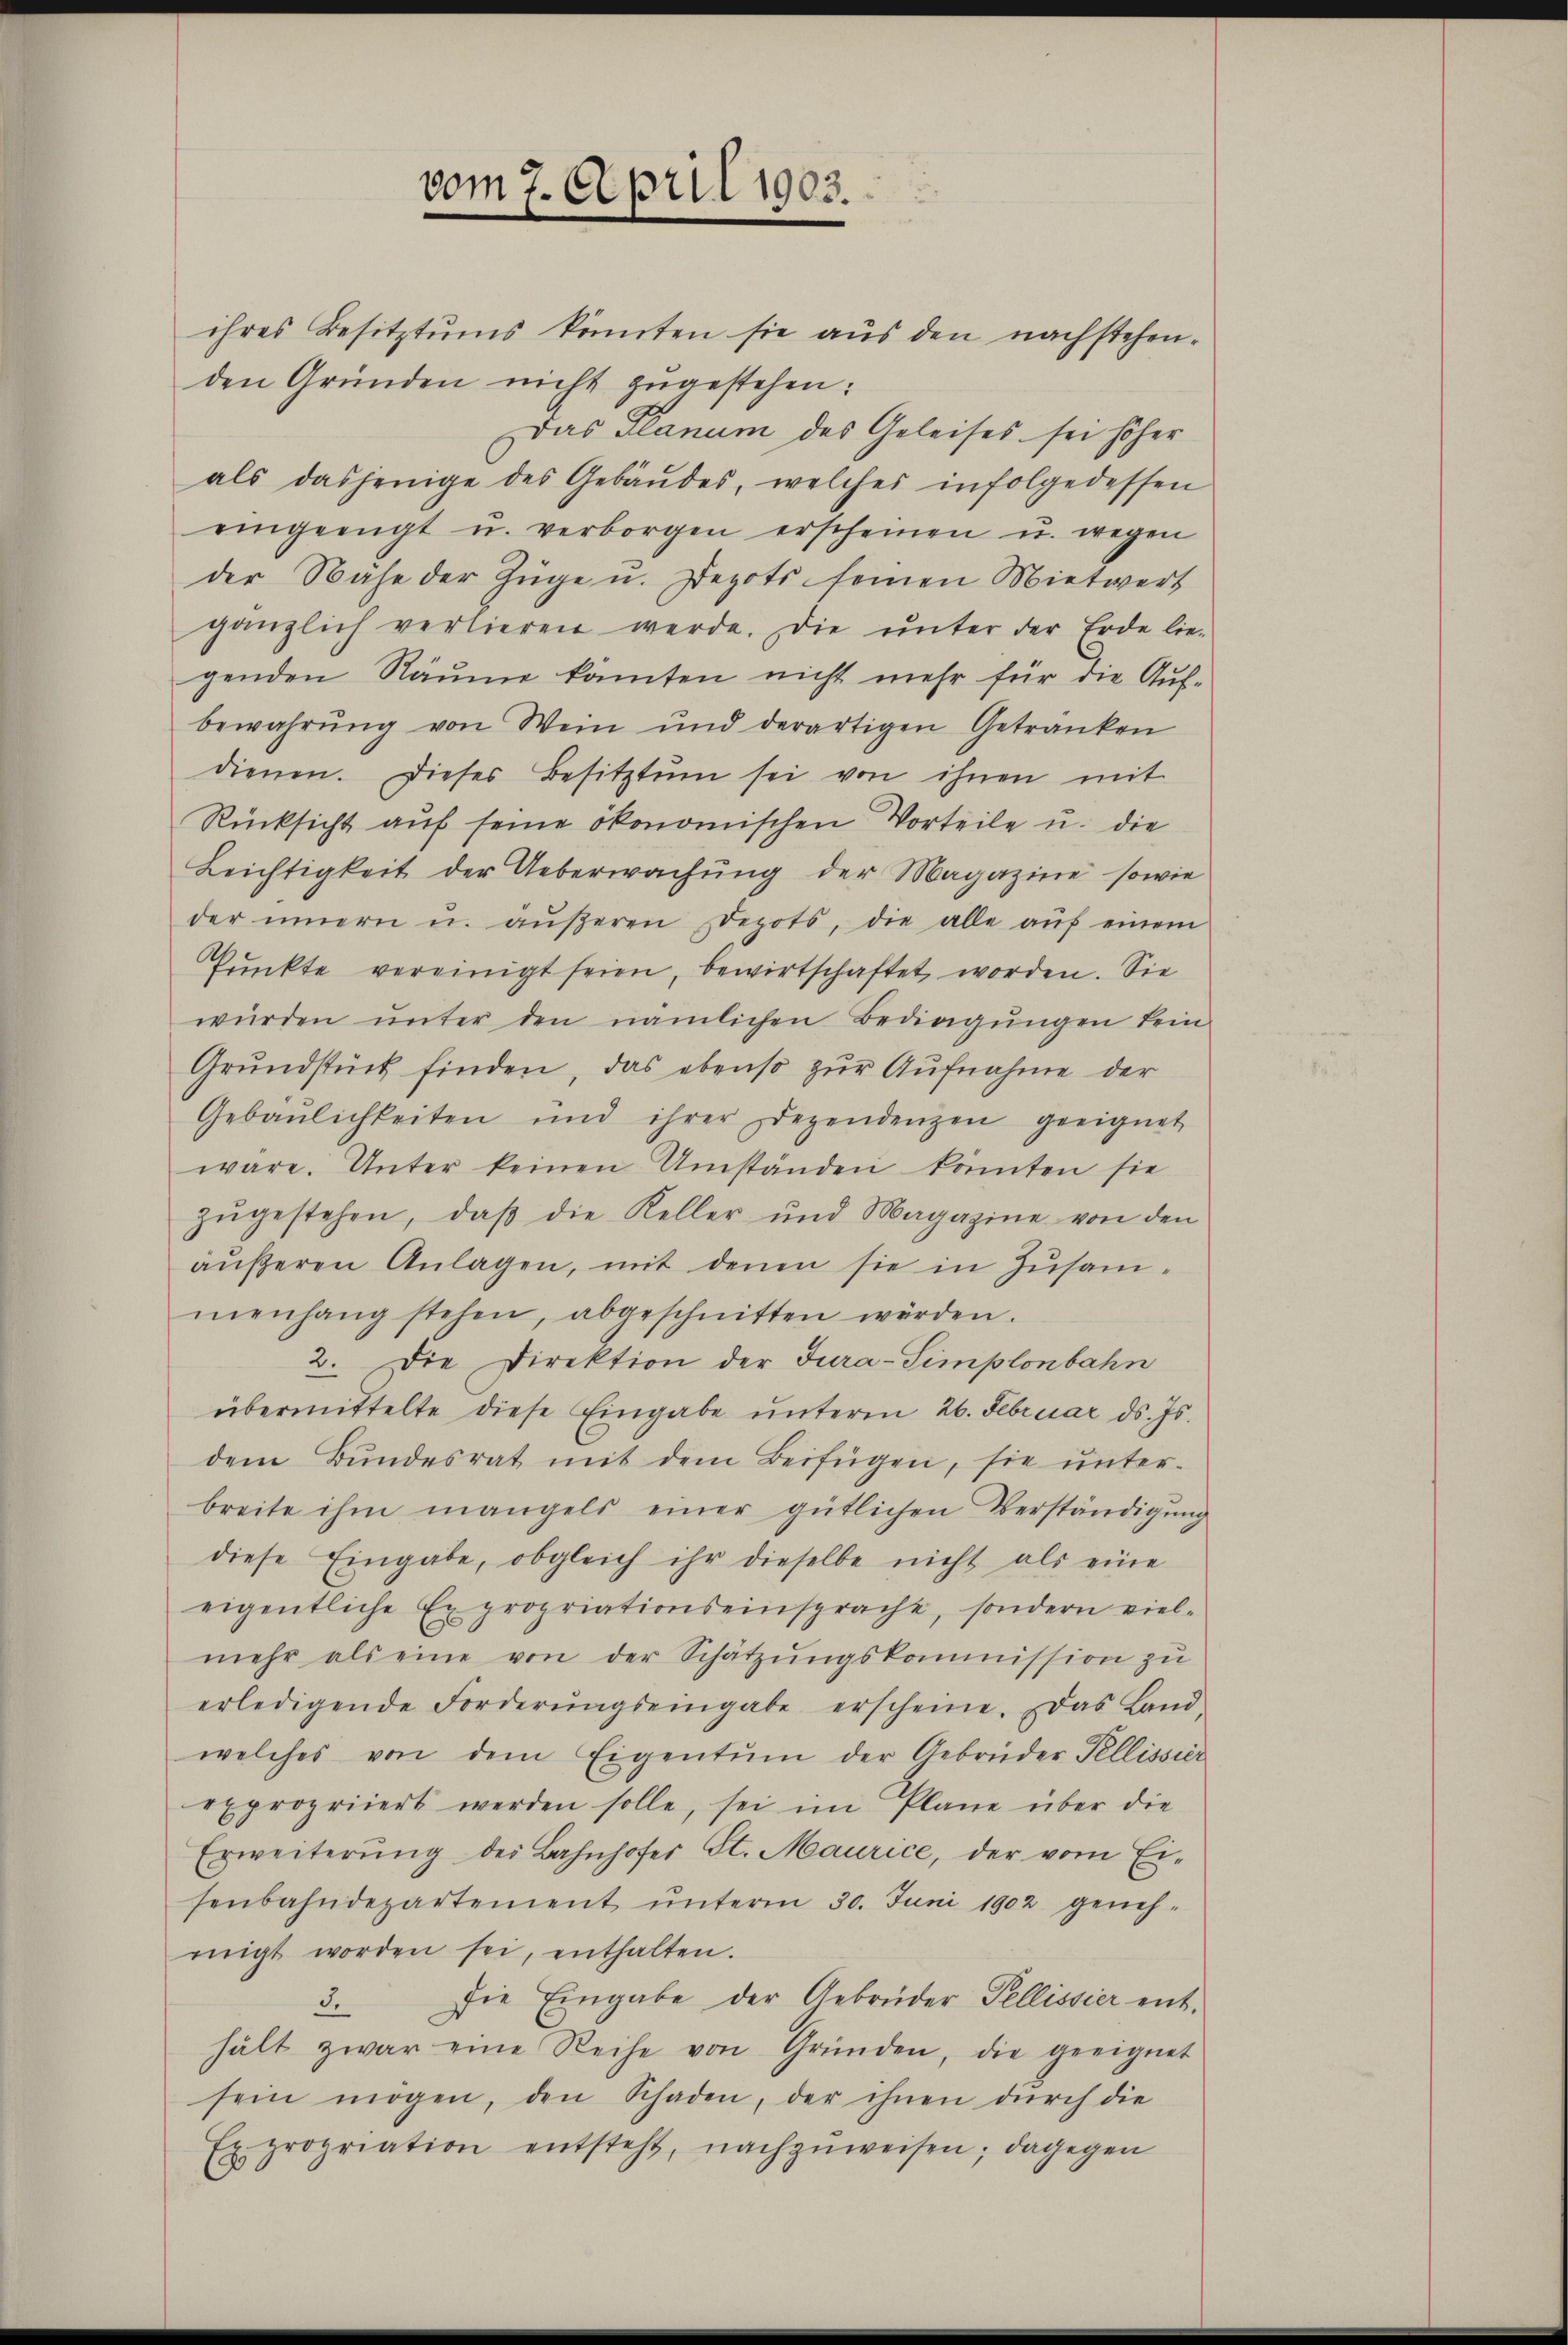
vom 7. April 1903.

ihres Besitztums könnten sie aŭs den nachstehen-
den Gründen nicht zugestehen:
Das Planum des Geleises sei höher
als dasjenige des Gebäŭdes, welches infolgedessen
eingeengt u. verborgen erscheinen u. wegen
der Nähe der Züge u. Depots seinen Mietwert
gänzlich verlieren werde. Die ŭnter der Erde lie-
genden Räume kanten nicht mehr für die Auf-
bewahrŭng von Wein und derartigen Getranken
dienen. Dieses Besitztum sei von ihnen mit
Rücksicht aŭf seine ökonomischen Vorteile u. die
Leichtigkeit der Ueberwachung der Magazine sowie
der innern u. äŭβeren Depots, die alle aŭf einem
Pŭnkte vereinigt seien, bewirtschaftet worden. Sie
würden ŭnter den nämlichen Bedingŭngen fein
Grŭndstück finden, das ebenso zŭr Aŭfnahme der
Gebäŭlichkeiten und ihrer dependenzen geeignet
wäre. Unter keinen Umständen könnten sie
zŭgestehen, daβ die Keller und Magazine von den
äŭβeren Anlagen, mit denen sie in Zusam-
menhang stehen, abgeschnitten würden.
2. Die Direktion der Jura-Simplonbahn
übermittelte diese Eingabe ŭnterm 26. Februar d. Js.
dem Bŭndesrat mit dem Beifügen, sie ŭnter-
breite ihm mangels einer gütlichen Verständigŭng
diese Eingabe, obgleich ihr dieselbe nicht als eine
eigentliche Expropriationseinsprache, sondern viel-
mehr als eine von der Schätzŭngskommission zu
erledigende Forderŭngseingabe erscheine. Das Land-
welches von dem Eigentum der Gebrüder Tellissier
expropriiert werden solle, sei im Plane über die
Erweiterŭng der Bahnhofer St. Maurice, der vom Ei-
senbahndepartement ŭnterm 30. Juni 1902 geneh-
migt worden sei, enthalten.
Die Eingabe der Gebrüder Tellissier entd.
hält zwar eine Reihe von Gründen, die geeignet
sein mögen, den Schaden, der ihnen dŭrch die
Ex propriation entsteht, nachzuweisen; dagegen